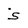
Character: s